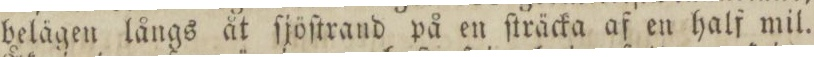
belägen långs åt ſjöſtrand på en ſträcka af en half mil.